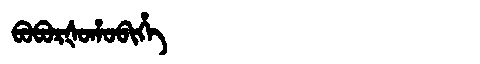
Manchu: ᠪᠣᠪᠣᡵᡧᠣᡥᠣᠪᡳᡥᡝ
Romanization: BOBORŠOHOBIHE